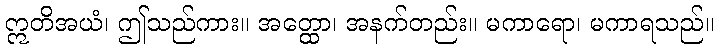
ဣတိအယံ၊ ဤသည်ကား။ အတ္ထော၊ အနက်တည်း။ မကာရော၊ မကာရသည်။